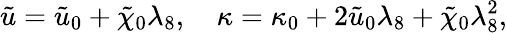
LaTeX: {\tilde{u}}={\tilde{u}}_{0}+\tilde{\chi}_{0}\lambda_{8},\quad\kappa=\kappa_{0}+2{\tilde{u}}_{0}\lambda_{8}+\tilde{\chi}_{0}\lambda_{8}^{2},